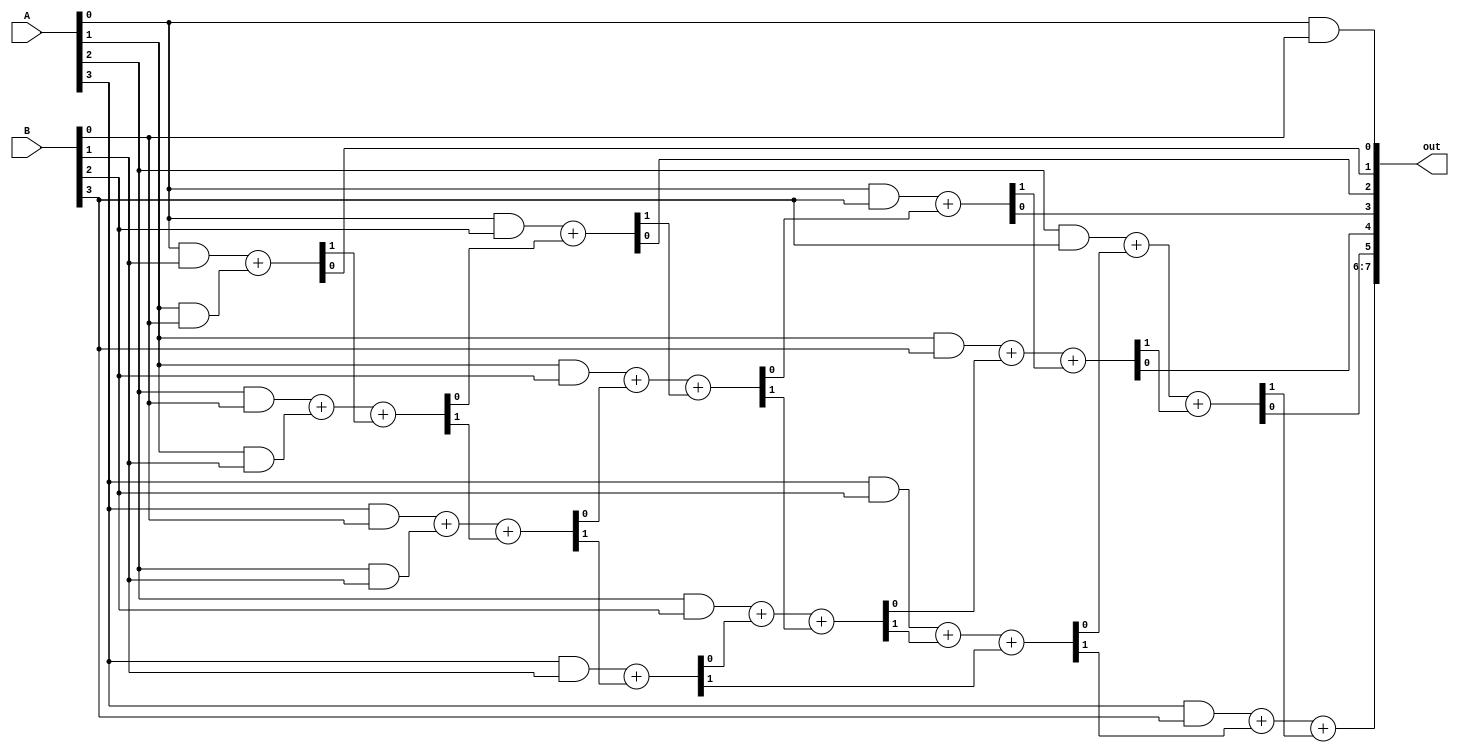
module arrayMUL
(
input wire [3:0] A,
input wire [3:0] B,
output reg [7:0] out
);
reg rC1, rC2, rC3; 
reg [2:0] rT1, rT2; 
always @ (*) begin
	out[0] =A[0] & B[0];
	{rC1, out[1]} = (A[0] & B[1]) + (A[1] & B[0]);
	{rC1, rT1[0]} = (A[2] & B[0]) + (A[1] & B[1]) + rC1;
	{rC2, out[2]} = (A[0] & B[2]) + rT1[0];
	{rC1, rT1[1]} = (A[3] & B[0]) + (A[2] & B[1]) + rC1;
	{rC2, rT2[0]} = (A[1] & B[2]) + rT1[1] + rC2;
	{rC3, out[3]} = (A[0] & B[3]) + rT2[0];
	{rC1, rT1[2]} = (A[3] & B[1]) + rC1;
	{rC2, rT2[1]} = (A[2] & B[2]) + rT1[2] + rC2;
	{rC3, out[4]} = (A[1] & B[3]) + rT2[1] + rC3;
	{rC2, rT2[2]} = (A[3] & B[2]) + rC2 + rC1;
	{rC3, out[5]} = (A[2] & B[3]) + rT2[2] + rC3;
	{out[7], out[6]} = (A[3] & B[3]) + rC2 + rC3;
	end 
endmodule